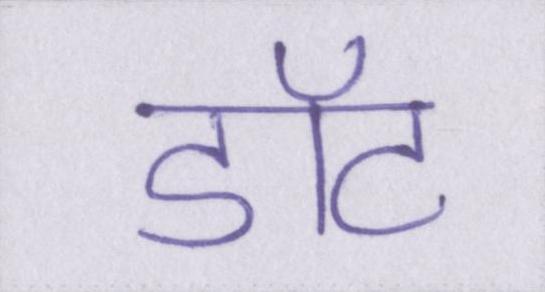
डॉट